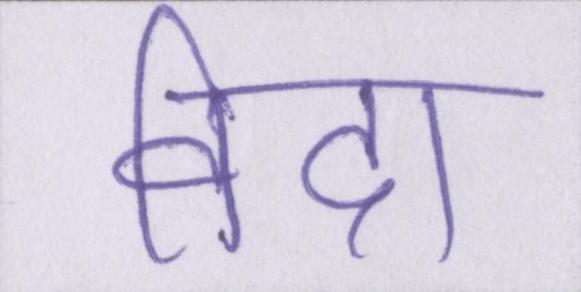
विदा